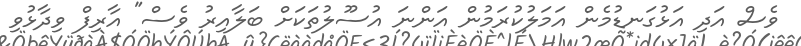
ވެސް އަދި އަޅުގަނޑުމެން އަމަލުކުރަމުން އަންނަ އުސޫލުތަކަށް ބަލާއިރު ވެސް" އާރިފް ވިދާޅުވި